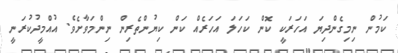
ކަމުން ނިމިގެންދިޔަ އަހަރަކީ ކޮން ކަހަލަ އަހަރެއް ކަން ކިޔުންތެރިން ނިންމަވާށެވެ. އުއްމީދުކުރަނީ